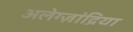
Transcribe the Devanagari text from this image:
अलेग्ज़ांद्रिया